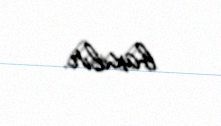
baxılır.